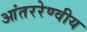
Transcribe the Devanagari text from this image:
आंतररेण्वीय